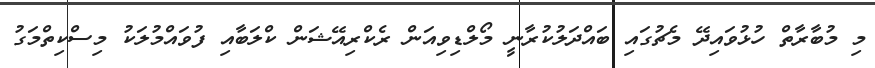
މި މުބާރާތް ހުޅުވައިދޭ މެޗުގައި ބައްދަލުކުރާނީ މޯލްޑިވިއަން ރެކްރިއޭޝަން ކްލަބާއި ފުވައްމުލަކު މިސްކިތްމަގު